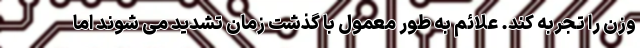
وزن را تجربه کند. علائم به طور معمول با گذشت زمان تشدید می شوند اما